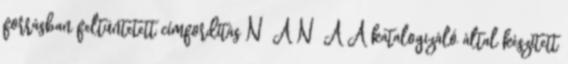
forrásban feltüntetett címfordítás N A N A A katalogizáló által készített